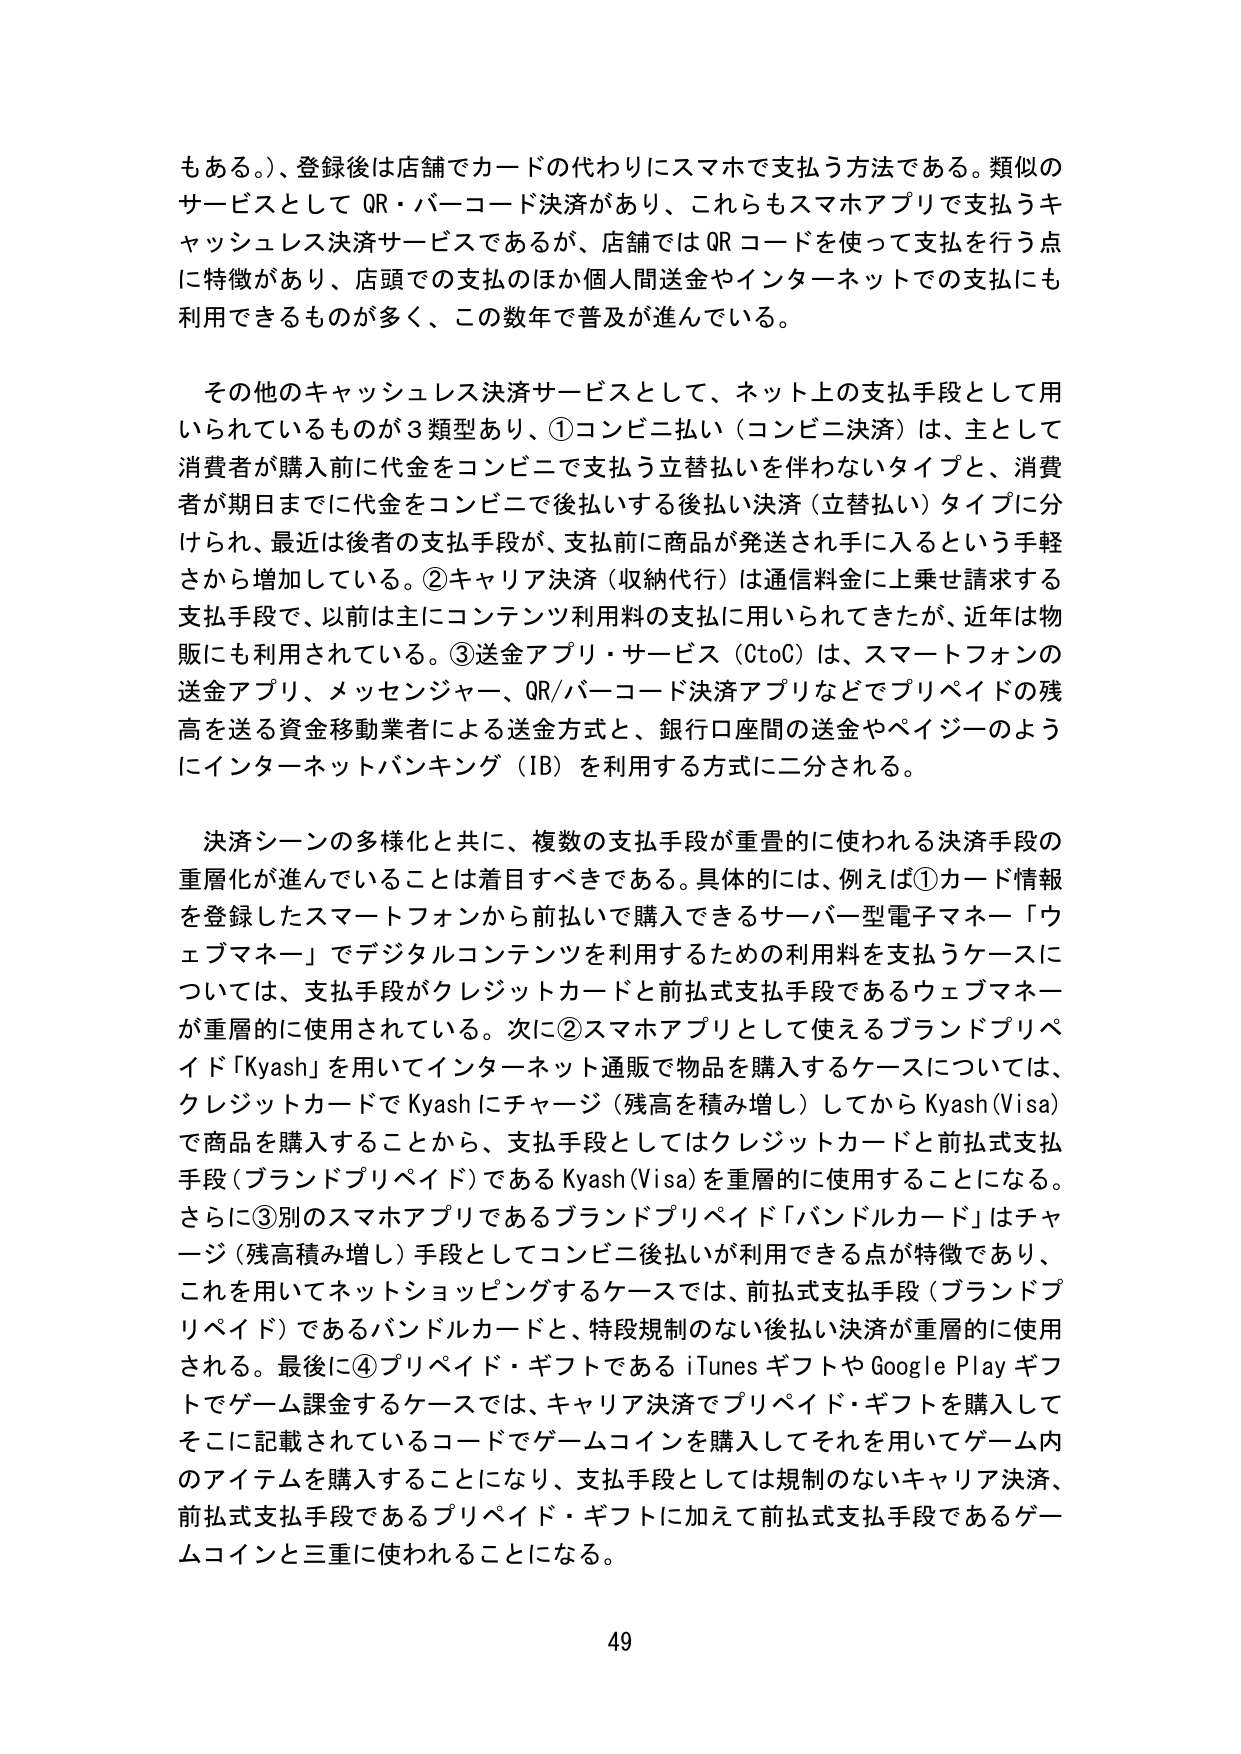
もある。）、登録後は店舗でカードの代わりにスマホで支払う方法である。類似のサービスとして QR・バーコード決済があり、これらもスマホアプリで支払うキャッシュレス決済サービスであるが、店舗では QR コードを使って支払を行う点に特徴があり、店頭での支払のほか個人間送金やインターネットでの支払にも利用できるものが多く、この数年で普及が進んでいる。

その他のキャッシュレス決済サービスとして、ネット上の支払手段として用いられているものが3類型あり、①コンビニ払い（コンビニ決済）は、主として消費者が購入前に代金をコンビニで支払う立替払いを伴わないタイプと、消費者が期日までに代金をコンビニで後払いする後払い決済（立替払い）タイプに分けられ、最近は後者の支払手段が、支払前に商品が発送され手に入るという手軽さから増加している。②キャリア決済（収納代行）は通信料金に上乗せ請求する支払手段で、以前は主にコンテンツ利用料の支払に用いられてきたが、近年は物販にも利用されている。③送金アプリ・サービス（CtoC）は、スマートフォンの送金アプリ、メッセンジャー、QR/バーコード決済アプリなどでプリペイドの残高を送る資金移動業者による送金方式と、銀行口座間の送金やペイジーのようにインターネットバンキング（IB）を利用する方式に二分される。

決済シーンの多様化と共に、複数の支払手段が重層的に使われる決済手段の重層化が進んでいることは着目すべきである。具体的には、例えば①カード情報を登録したスマートフォンから前払いでき購入できるサーバー型電子マネー「ウェブマネー」でデジタルコンテンツを利用するための利用料を支払うケースについては、支払手段がクレジットカードと前払式支払手段であるウェブマネーが重層的に使用されている。次に②スマホアプリとして使えるブランドプリペイド「Kyash」を用いてインターネット通販で物品を購入するケースについては、クレジットカードでKyashにチャージ（残高を積み増し）してからKyash(Visa)で商品を購入することから、支払手段としてはクレジットカードと前払式支払手段（ブランドプリペイド）であるKyash(Visa)を重層的に使用することになる。さらに③別のスマホアプリであるブランドプリペイド「バンドルカード」はチャージ（残高積み増し）手段としてコンビニ後払いが利用できる点が特徴であり、これを用いてネットショッピングするケースでは、前払式支払手段（ブランドプリペイド）であるバンドルカードと、特段規制のない後払い決済が重層的に使用される。最後に④プリペイド・ギフトであるiTunesギフトやGoogle Playギフトでゲーム課金するケースでは、キャリア決済でプリペイド・ギフトを購入してそこに記載されているコードでゲームコインを購入してそれを用いてゲーム内のアイテムを購入することになり、支払手段としては規制のないキャリア決済、前払式支払手段であるプリペイド・ギフトに加えて前払式支払手段であるゲームコインと三重に使われることになる。

49